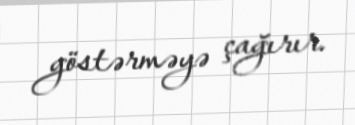
göstərməyə çağırır.